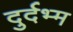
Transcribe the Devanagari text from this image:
दुर्दभ्म